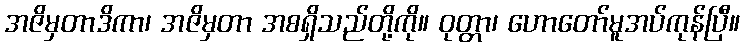
အဇိမှတာဒိကာ၊ အဇိမှတာ အစရှိသည်တို့ကို။ ဝုတ္တာ၊ ဟောတော်မူအပ်ကုန်ပြီ။